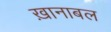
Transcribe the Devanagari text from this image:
ख़ानाबल